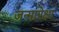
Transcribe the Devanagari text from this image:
जन्मापेक्षा